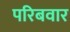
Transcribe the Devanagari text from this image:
परिबवार